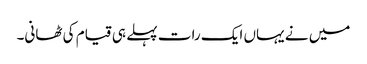
میں نے یہاں ایک رات پہلے ہی قیام کی ٹھانی۔